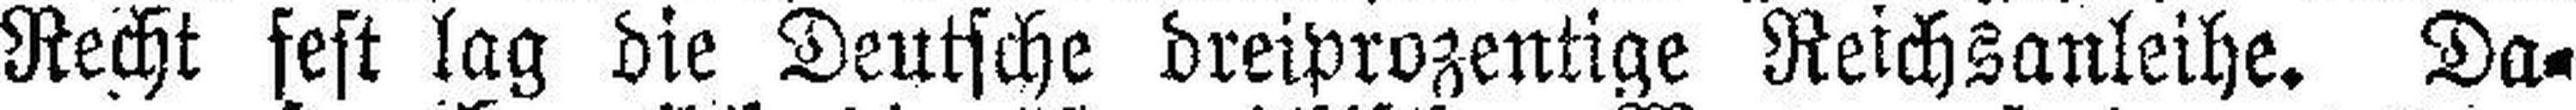
Recht fest lag die Deutsche dreiprozentige Reichsanleihe. Da¬